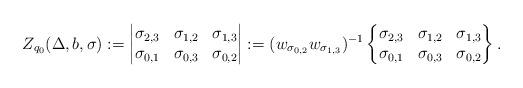
LaTeX: \begin{align*}Z_{q_0}(\Delta,b ,\sigma):= \begin{vmatrix} \sigma_{2,3} & \sigma_{1,2} &\sigma_{1,3} \\ \sigma_{0,1} &\sigma_{0,3} &\sigma_{0,2} \end{vmatrix}:=(w_{\sigma_{0,2}}w_{\sigma_{1,3}})^{-1}\begin{Bmatrix} \sigma_{2,3} & \sigma_{1,2} &\sigma_{1,3} \\ \sigma_{0,1} &\sigma_{0,3} &\sigma_{0,2}\end{Bmatrix}.\end{align*}